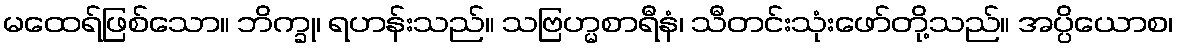
မထေရ်ဖြစ်သော။ ဘိက္ခု၊ ရဟန်းသည်။ သဗြဟ္မစာရီနံ၊ သီတင်းသုံးဖော်တို့သည်။ အပ္ပိယောစ၊